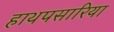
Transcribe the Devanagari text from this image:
हाथपसारिया